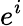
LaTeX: e^{i}